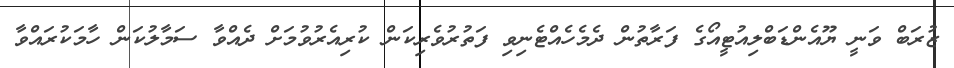
ޒުރަބް ވަނީ ޔޫއެންޑަބްލިއުޓީއޯގެ ފަރާތުން ދެމެހެއްޓެނިވި ފަތުރުވެރިކަން ކުރިއެރުވުމަށް ދެއްވާ ސަމާލުކަން ހާމަކުރައްވާ